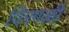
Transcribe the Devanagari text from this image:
विरगळी